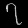
Digit: ၇